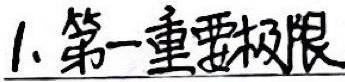
1. 第一重要极限